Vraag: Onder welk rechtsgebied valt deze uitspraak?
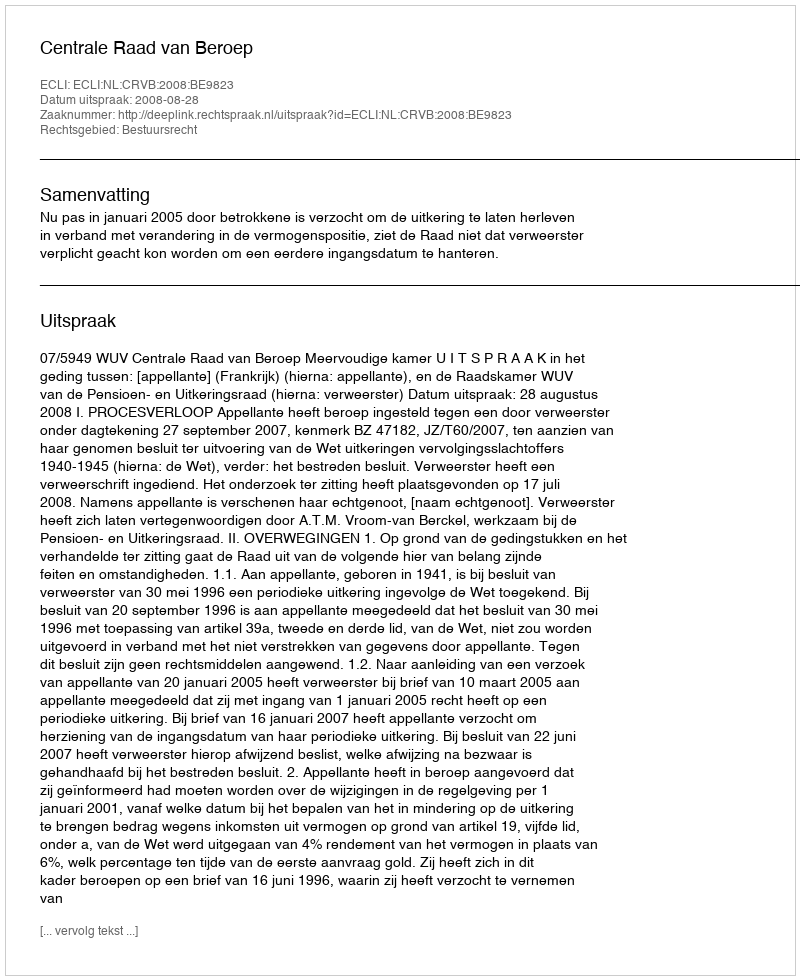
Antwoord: Bestuursrecht